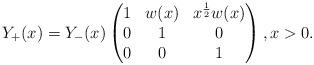
LaTeX: \begin{align*} Y_{+}(x) = Y_{-}(x) \begin{pmatrix} 1 & w(x) & x^{\frac{1}{2}} w(x) \\ 0 & 1 & 0\\ 0 & 0 & 1 \end{pmatrix}, x > 0.\end{align*}